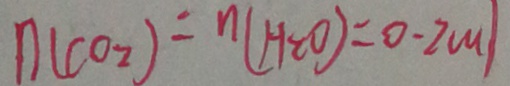
n ( c o _ { 2 } ) = n ( H _ { 2 } 0 ) = 0 \cdot 2 m l